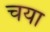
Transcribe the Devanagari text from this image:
चया